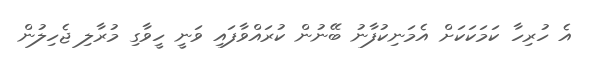
އެ ހުރިހާ ކަމަކަކަށް އެމަނިކުފާނު ބޭނުން ކުރައްވާފައި ވަނީ ހީވާގި މުރާލި ޖެހިލުން